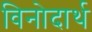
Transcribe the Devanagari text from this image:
विनोदार्थ